画像に写った文字を読んでください
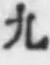
「九」と書いてあります